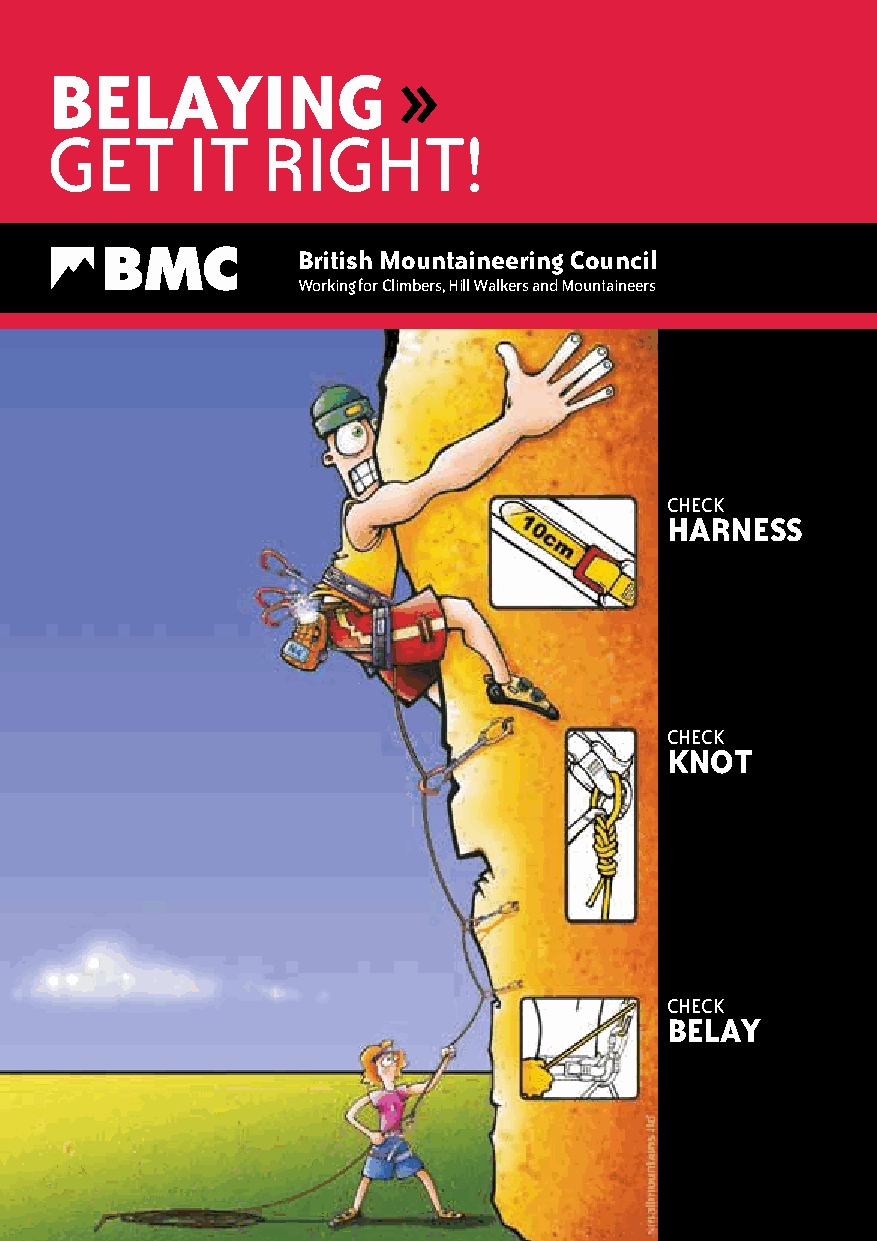
BeLaYing               »
 get      it   right!
 British Mountaineering Council
 Working for Climbers, hill Walkers and Mountaineers
 CheCk
 Harness
 CheCk
 KnOT
 CheCk
 BeLaY